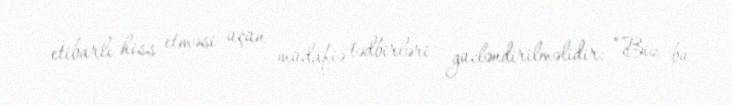
etibarlı hiss etməsi üçün müdafiə tədbirləri gücləndirilməlidir: “Biz bu